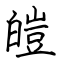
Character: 皚